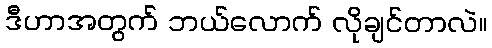
ဒီဟာအတွက် ဘယ်လောက် လိုချင်တာလဲ။